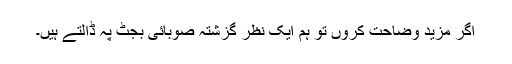
اگر مزید وضاحت کروں تو ہم ایک نظر گزشتہ صوبائی بجٹ پہ ڈالتے ہیں۔